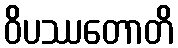
ဝိပဿတောတိ